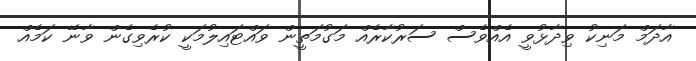
އާދަމް މަނިކު ވިދާޅުވީ އެއްވެސް ސަރުކާރެއް މަގުމަތީން ވައްޓައިލުމަކީ ކުރެވިގެން ވާނޭ ކަމެއް